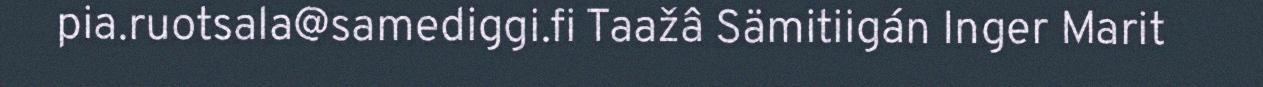
pia.ruotsala@samediggi.fi Taažâ Sämitiigán Inger Marit